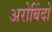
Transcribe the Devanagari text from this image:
अरोबिंदो